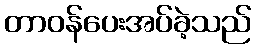
တာဝန်ပေးအပ်ခဲ့သည်